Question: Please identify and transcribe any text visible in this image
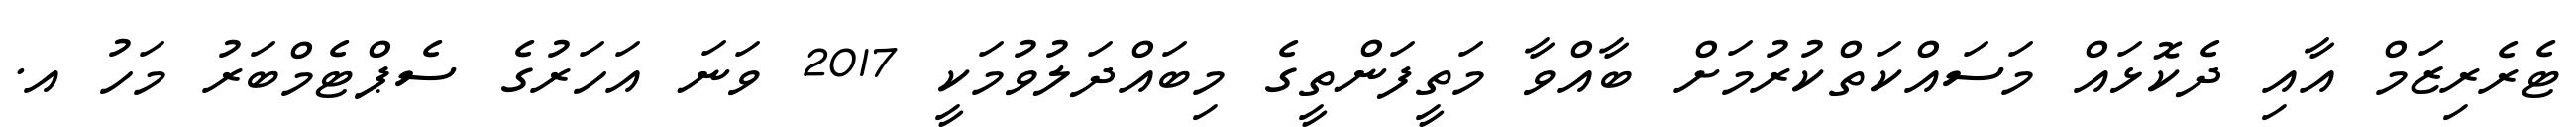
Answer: ޓެރެރިޒަމް އާއި ދެކޮޅައް މަސައްކަތްކުރުމަށް ބާއްވާ މަތީފަންތީގެ މިބައްދަލުވުމަކީ 2017 ވަނަ އަހަރުގެ ސެޕްޓެމްބަރު މަހު އ.